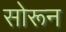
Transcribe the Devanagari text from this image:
सोरून